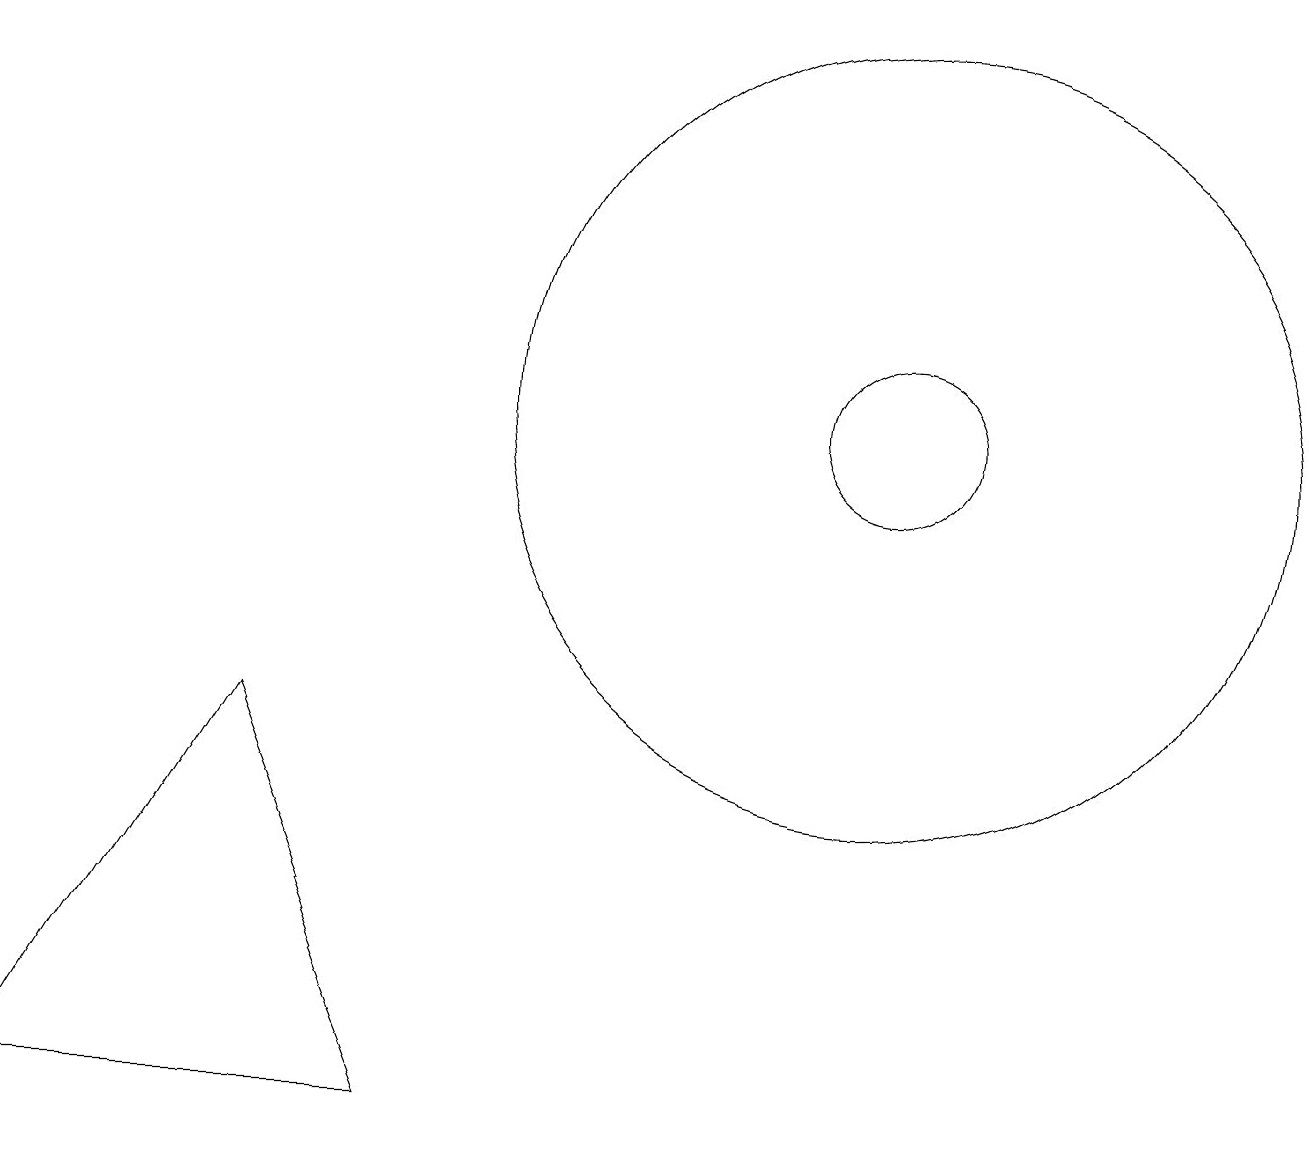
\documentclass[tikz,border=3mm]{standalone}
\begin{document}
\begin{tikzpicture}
\draw (11,11) circle (1);
\draw (11,11) circle (5);
\draw (5,2) -- (0,2) -- (3,7) -- cycle;
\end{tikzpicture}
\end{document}